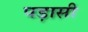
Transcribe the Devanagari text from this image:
पड़ासी